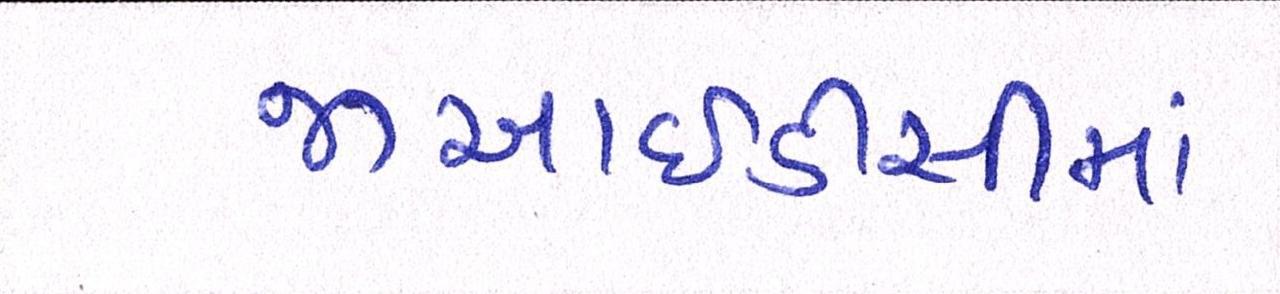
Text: જીઆઇડીસીમાં